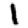
Digit: 1